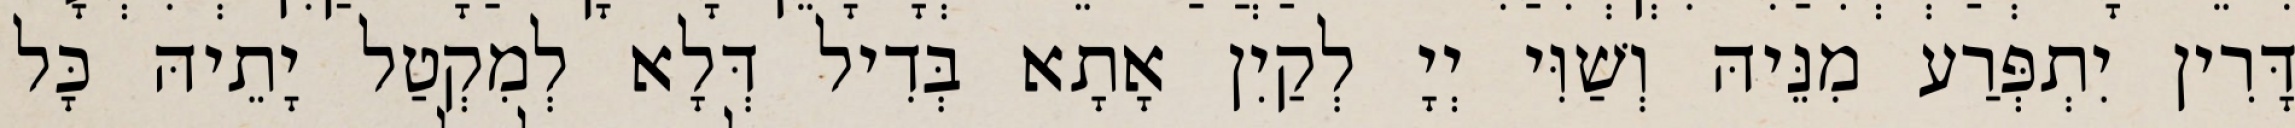
דָּרִין יִתְפְּרַע מִנֵּיהּ וְשַׁוִּי יְיָ לְקַיִן אָתָא בְּדִיל דְּלָא לְמִקְטַל יָתֵיהּ כָּל